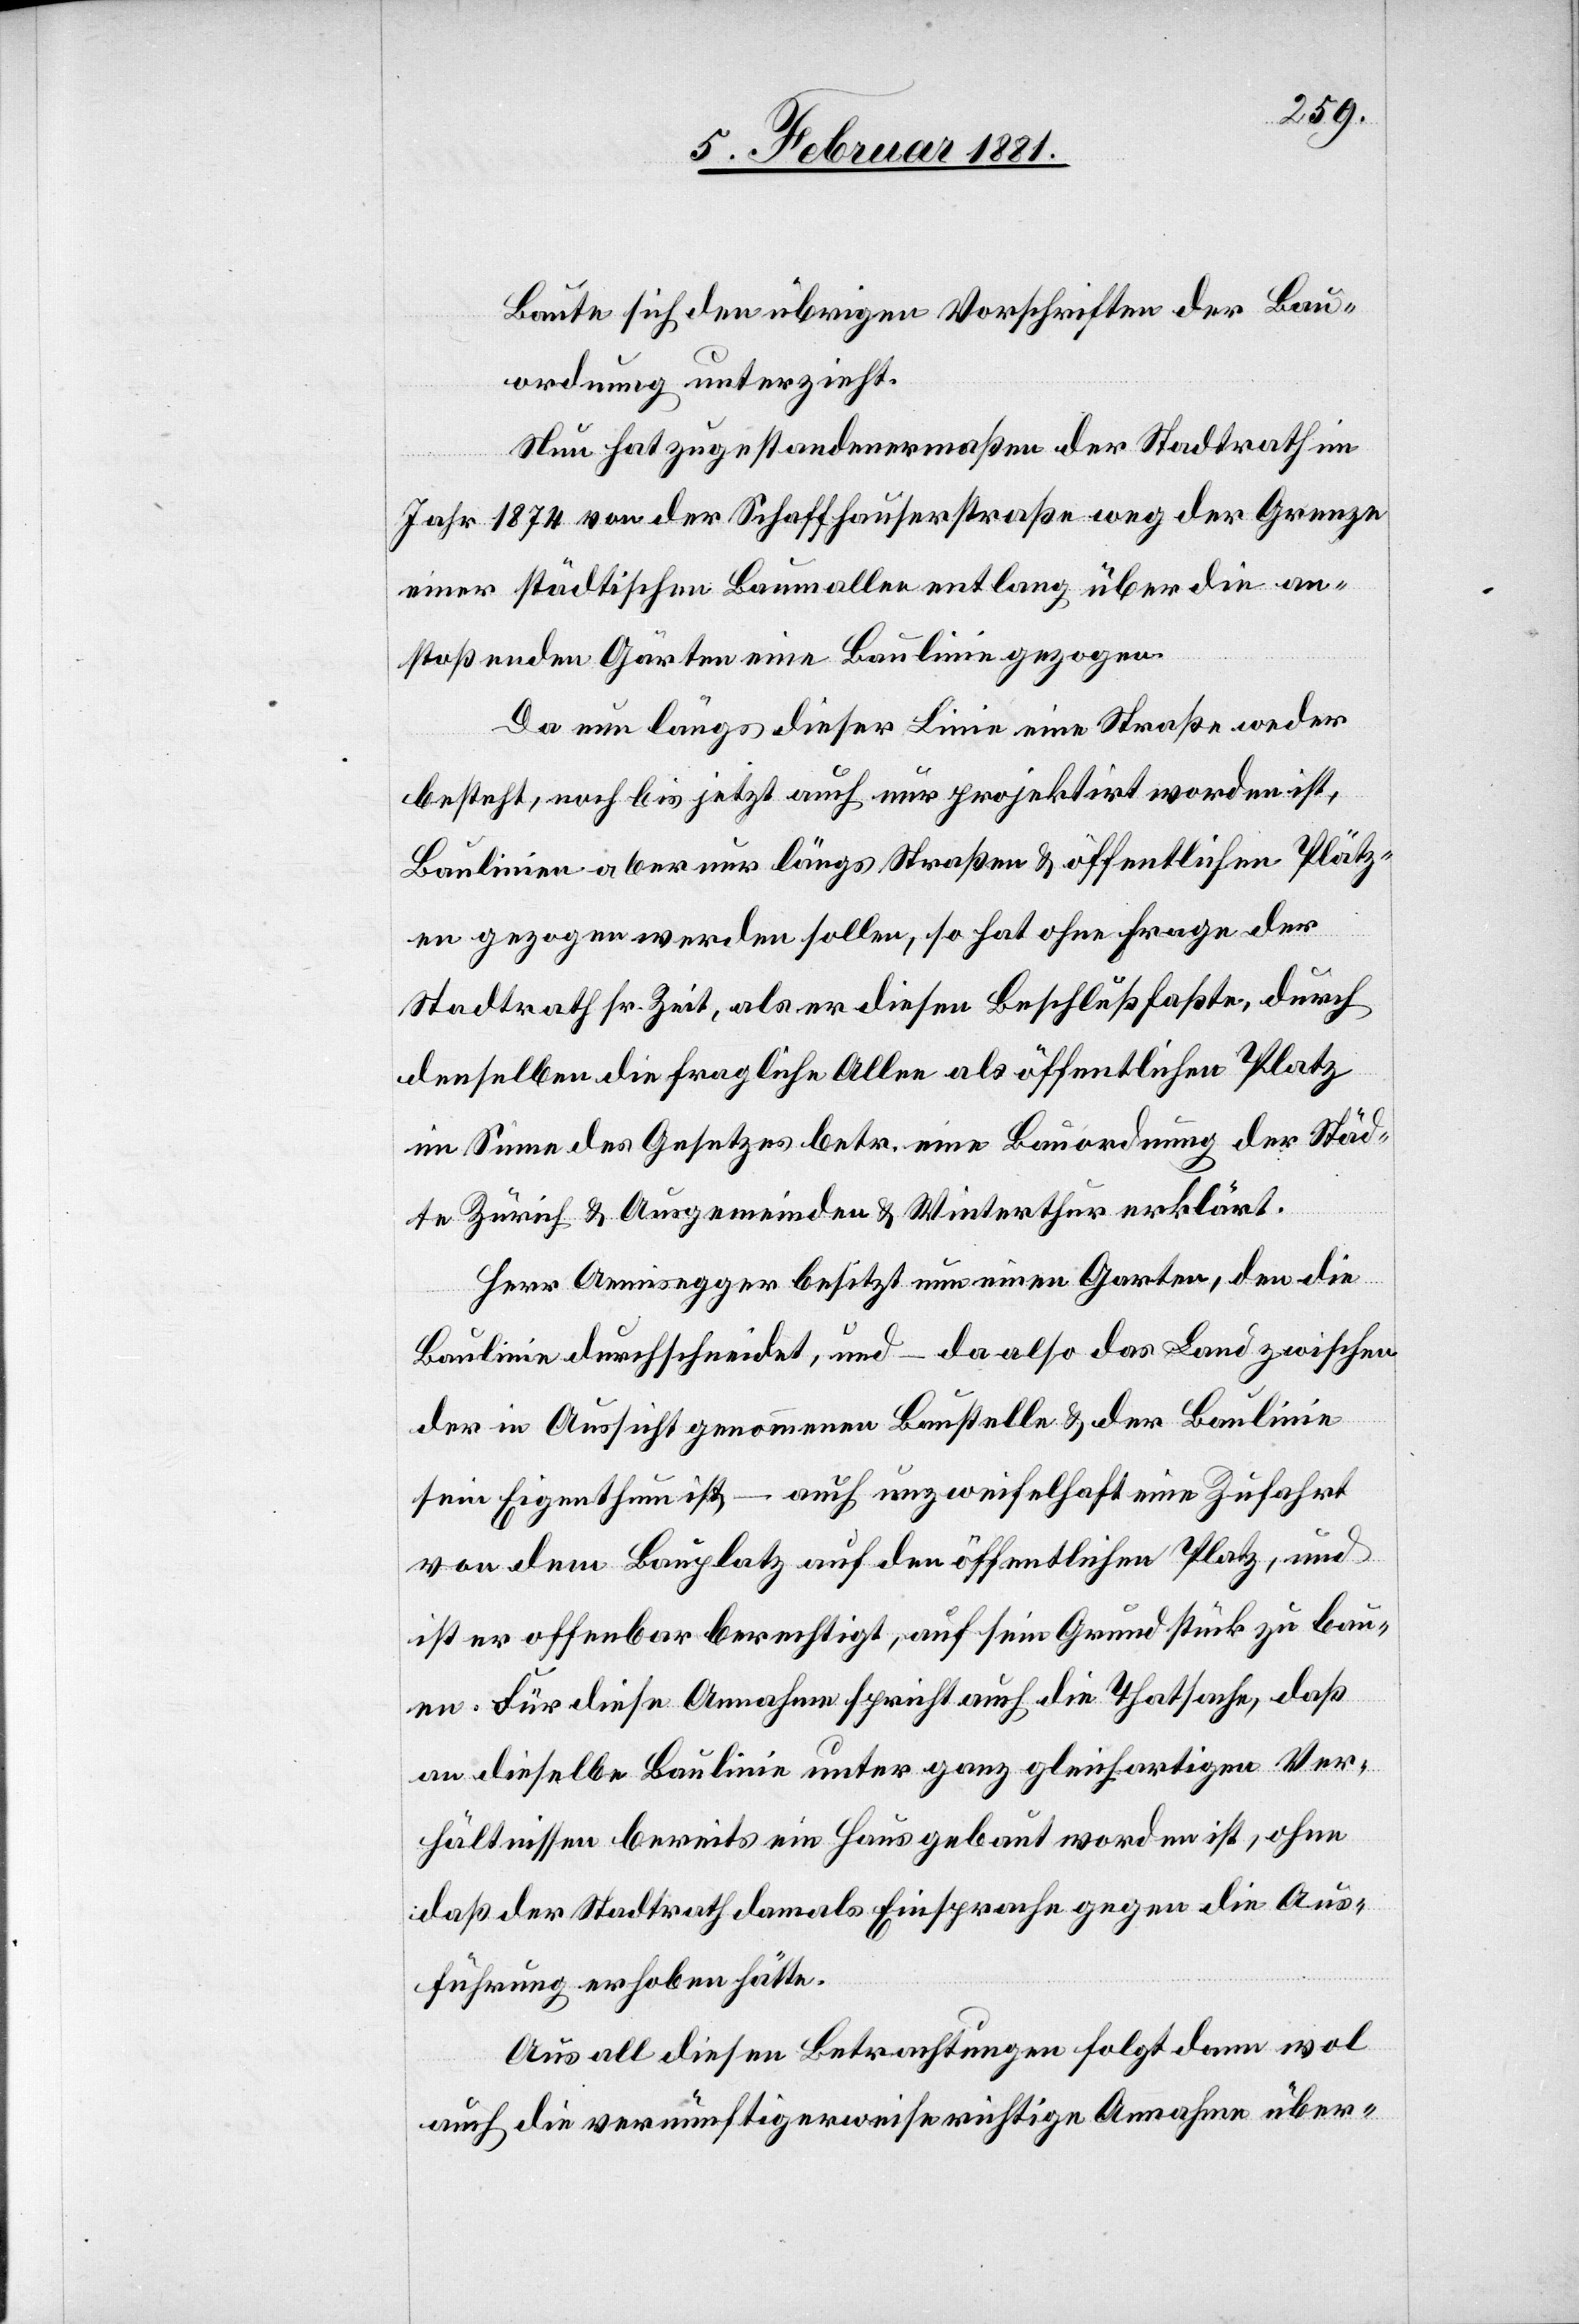
Baute sich den übrigen Vorschriften der Bau¬
ordnung unterzieht.
Neu hat zugestandenermaßen der Stadtrath im
Jahr 1874 von der Schaffhauserstraße weg der Grenze
einer städtischen Baumallee entlang über die an¬
stoßenden Gärten eine Baulinie gezogen.
Da nun längs dieser Linie eine Straße weder
besteht, noch bis jetzt auch nur projektirt worden ist,
Baulinien aber nur längs Straßen & öffentlichen Plätz¬
en gezogen werden sollen, so hat ohne Frage der
Stadtrath sr. Zeit, als er diesen Beschluß faßte, durch
denselben die fragliche Allee als öffentlichen Platz
im Sinne des Gesetzes betr. eine Bauordnung der Städ¬
te Zürich & Ausgemeinden & Winterthur erklärt.
Herr Aemisegger besitzt nun einen Garten, den die
Baulinie durchschneidet, und – da also das Land zwischen
der in Aussicht genommenen Baustelle & der Baulinie
sein Eigenthum ist, – auch unzweifelhaft eine Zufahrt
von dem Bauplatz auf den öffentlichen Platz, und
ist er offenbar berechtigt, auf sein Grundstück zu bau¬
en. Für diese Annahme spricht auch die Thatsache, daß
an dieselbe Baulinie unter ganz gleichartigen Ver¬
hältnissen bereits ein Haus gebaut worden ist, ohne
daß der Stadtrath damals Einsprache gegen die Aus¬
führung erhoben hätte.
Aus all diesen Betrachtungen folgt dann wol
auch die vernünftigerweise richtige Annahme über-